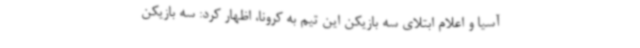
آسیا و اعلام ابتلای سه بازیکن این تیم به کرونا، اظهار کرد: سه بازیکن